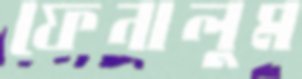
ফেনালুম